Report on vaccination for the Province of Oudh 1872 -
Year: 1872
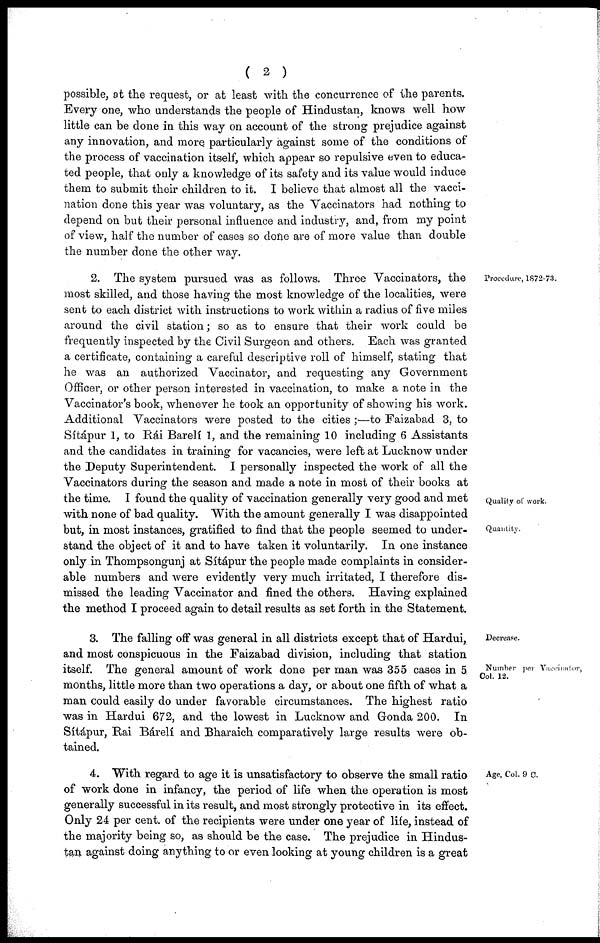
( 2 )
possible, at the request, or at least with the concurrence of the parents.
Every one, who understands the people of Hindustan, knows well how
little can be done in this way on account of the strong prejudice against
any innovation, and more particularly against some of the conditions of
the process of vaccination itself, which appear so repulsive even to educa-
ted people, that only a knowledge of its safety and its value would induce
them to submit their children to it. I believe that almost all the vacci-
nation done this year was voluntary, as the Vaccinators had nothing to
depend on but their personal influence and industry, and, from my point
of view, half the number of cases so done are of more value than double
the number done the other way.
Procedure, 1872-73.
Quality of work.
Quantity.
2. The system pursued was as follows. Three Vaccinators, the
most skilled, and those having the most knowledge of the localities, were
sent to each district with instructions to work within a radius of five miles
around the civil station; so as to ensure that their work could be
frequently inspected by the Civil Surgeon and others. Each was granted
a certificate, containing a careful descriptive roll of himself, stating that
he was an authorized Vaccinator, and requesting any Government
Officer, or other person interested in vaccination, to make a note in the
Vaccinator's book, whenever he took an opportunity of showing his work.
Additional Vaccinators were posted to the cities ;—to Faizabad 3, to
Sítápur 1, to Rái Barelí 1, and the remaining 10 including 6 Assistants
and the candidates in training for vacancies, were left at Lucknow under
the Deputy Superintendent. I personally inspected the work of all the
Vaccinators during the season and made a note in most of their books at
the time. I found the quality of vaccination generally very good and met
with none of bad quality. With the amount generally I was disappointed
but, in most instances, gratified to find that the people seemed to under-
stand the object of it and to have taken it voluntarily. In one instance
only in Thompsongunj at Sítápur the people made complaints in consider-
able numbers and were evidently very much irritated, I therefore dis-
missed the leading Vaccinator and fined the others. Having explained
the method I proceed again to detail results as set forth in the Statement.
Decrease.
Number per Vaccinator,
Col. 12.
3. The falling off was general in all districts except that of Hardui,
and most conspicuous in the Faizabad division, including that station
itself. The general amount of work done per man was 355 cases in 5
months, little more than two operations a day, or about one fifth of what a
man could easily do under favorable circumstances. The highest ratio
was in Hardui 672, and the lowest in Lucknow and Gonda 200. In
Sítápur, Rai Bárelí and Bharaich comparatively large results were ob-
tained.
Age, Col. 9 C.
4. With regard to age it is unsatisfactory to observe the small ratio
of work done in infancy, the period of life when the operation is most
generally successful in its result, and most strongly protective in its effect.
Only 24 per cent. of the recipients were under one year of life, instead of
the majority being so, as should be the case. The prejudice in Hindus-
tan against doing anything to or even looking at young children is a great